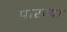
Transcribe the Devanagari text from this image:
पारव्या